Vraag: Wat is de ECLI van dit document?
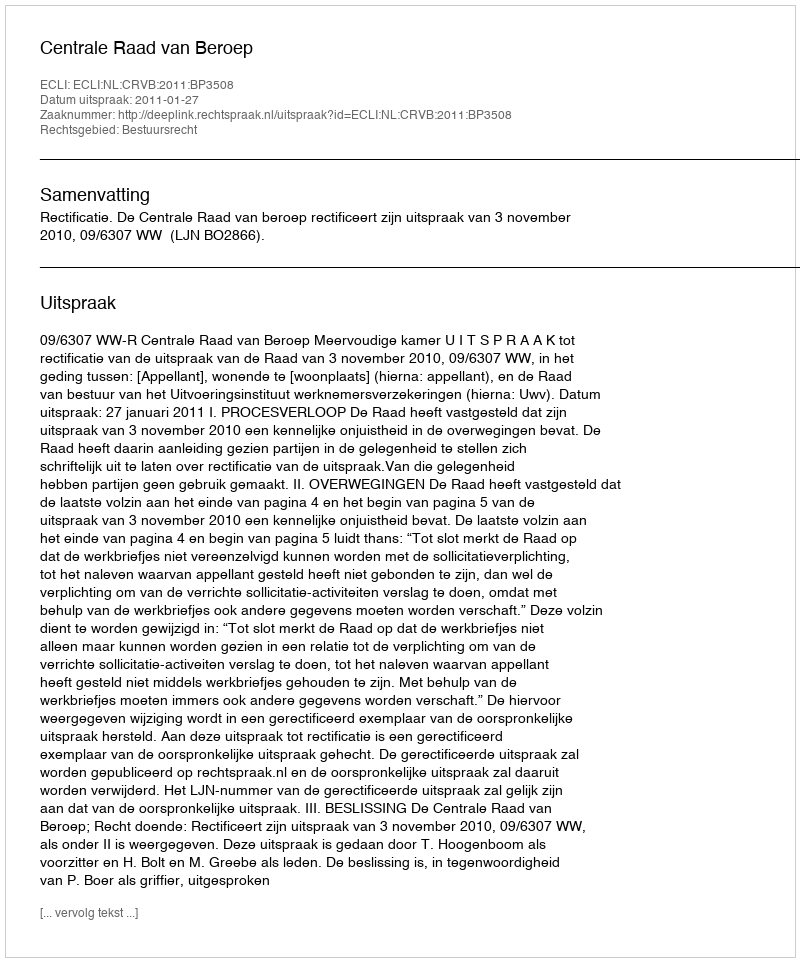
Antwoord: ECLI:NL:CRVB:2011:BP3508